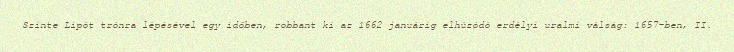
Szinte Lipót trónra lépésével egy időben, robbant ki az 1662 januárig elhúzódó erdélyi uralmi válság: 1657-ben, II.